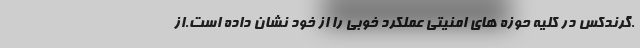
.گرندکس در کلیه حوزه های امنیتی عملکرد خوبی را از خود نشان داده است.از